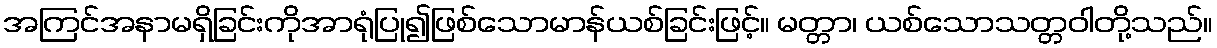
အကြင်အနာမရှိခြင်းကိုအာရုံပြု၍ဖြစ်သောမာန်ယစ်ခြင်းဖြင့်။ မတ္တာ၊ ယစ်သောသတ္တဝါတို့သည်။